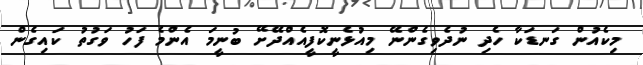
މިކެއުން ގަނޑަކާ ހެދި ނުދެވިގެންނޭ މިއުޅެނީކޮފީއެއްދޭށޭ ބުނީމަ އެންމެ ފަހު ވަގުތު ކައިގެން